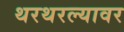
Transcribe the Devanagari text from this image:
थरथरल्यावर